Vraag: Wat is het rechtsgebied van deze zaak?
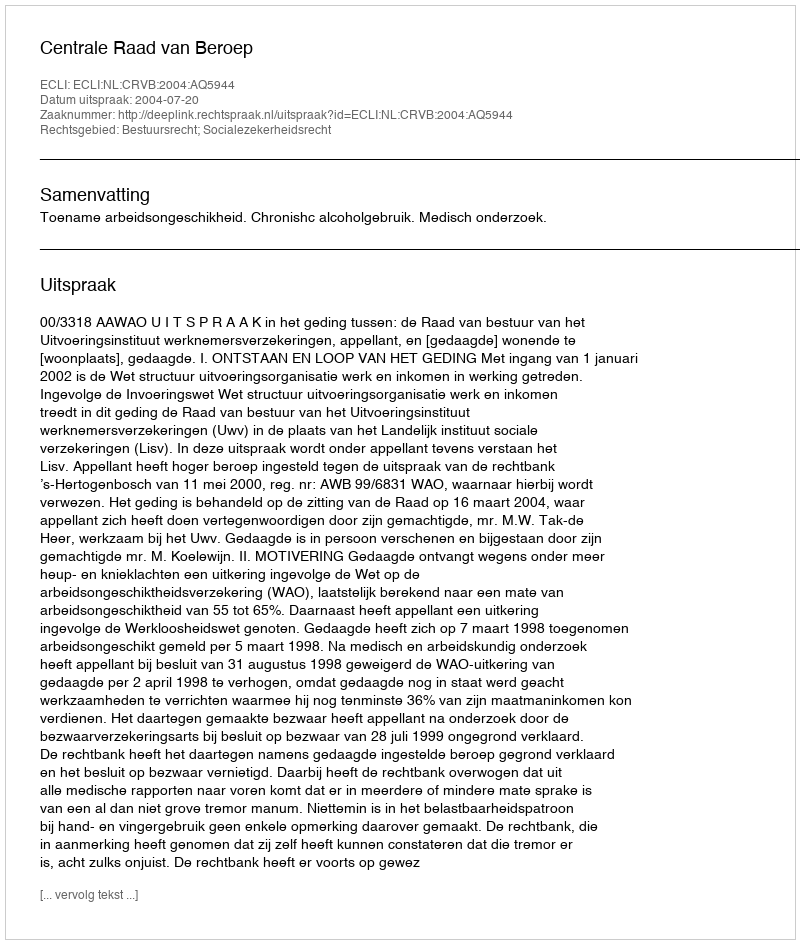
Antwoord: Bestuursrecht; Socialezekerheidsrecht